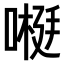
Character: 𫫕